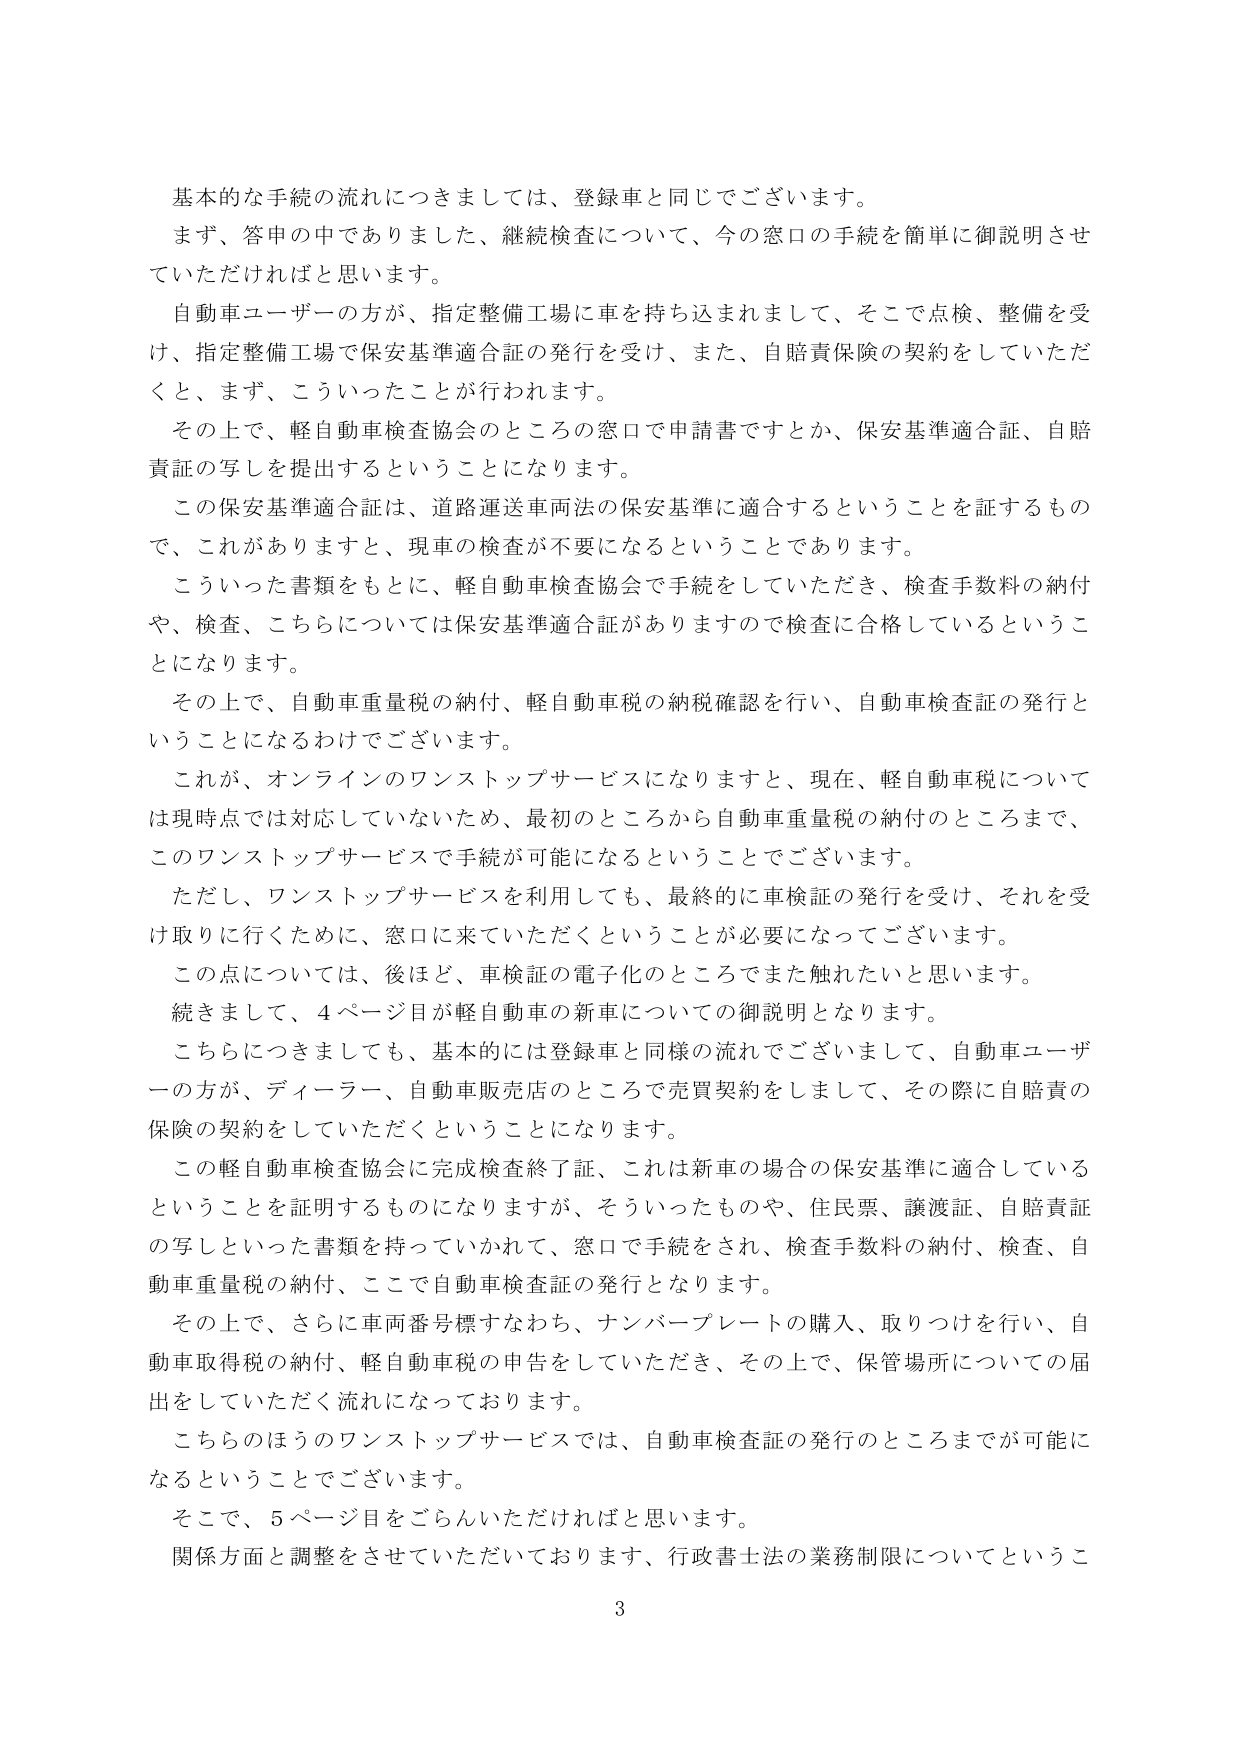
基本的な手続の流れにつきましては、登録車と同じでございます。
まず、答申の中でありました、継続検査について、今の窓口の手続を簡単に御説明させていただければと思います。
自動車ユーザーの方が、指定整備工場に車を持ち込まれまして、そこで点検、整備を受け、指定整備工場で保安基準適合証の発行を受け、また、自賠責保険の契約をしていただくと、まず、こういったことが行われます。
その上で、軽自動車検査協会のところの窓口で申請書ですとか、保安基準適合証、自賠責証の写しを提出するということになります。
この保安基準適合証は、道路運送車両法の保安基準に適合するということを証するもので、これがありますと、現車の検査が不要になるということであります。
こういった書類をもとに、軽自動車検査協会で手続をしていただき、検査手数料の納付や、検査、こちらについては保安基準適合証がありますので検査に合格しているということになります。
その上で、自動車重量税の納付、軽自動車税の納税確認を行い、自動車検査証の発行ということになるわけでございます。
これが、オンラインのワンストップサービスになりますと、現在、軽自動車税については現時点では対応していないため、最初のところから自動車重量税の納付のところまで、このワンストップサービスで手続が可能になるということでございます。
ただし、ワンストップサービスを利用しても、最終的に車検証の発行を受け、それを受け取りに行くために、窓口に来ていただくということが必要になってございます。
この点については、後ほど、車検証の電子化のところでまた触れたいと思います。
続きまして、4ページ目が軽自動車の新車についての御説明となります。
こちらにつきましても、基本的には登録車と同様の流れでございまして、自動車ユーザーの方が、ディーラー、自動車販売店のところで売買契約をしまして、その際に自賠責の保険の契約をしていただくということになります。
この軽自動車検査協会に完成検査終了証、これは新車の場合の保安基準に適合しているということを証明するものになりますが、そういったものや、住民票、譲渡証、自賠責証の写しといった書類を持っていかれて、窓口で手続をされ、検査手数料の納付、検査、自動車重量税の納付、ここで自動車検査証の発行となります。
その上で、さらに車両番号標すなわち、ナンバープレートの購入、取りつけを行い、自動車取得税の納付、軽自動車税の申告をしていただき、その上で、保管場所についての届出をしていただく流れになっております。
こちらのほうのワンストップサービスでは、自動車検査証の発行のところまでが可能になるということでございます。
そこで、5ページ目をごらんいただければと思います。
関係方面と調整をさせていただいております、行政書士法の業務制限についてというこ
3